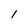
Character: l